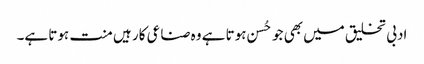
ادبی تخلیق میں بھی جو حُسن ہوتا ہے وہ صناعی کار ہیں منت ہوتا ہے۔